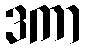
ဒကာ